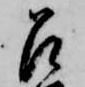
召